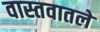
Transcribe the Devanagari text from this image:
वास्तवातले